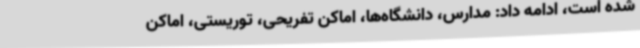
شده است، ادامه داد: مدارس، دانشگاه‌ها، اماکن تفریحی، توریستی، اماکن